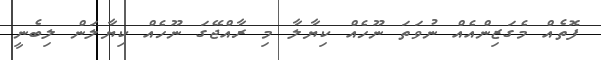
ފޮތެއް މެގަޒިންއެއް ނުވަތަ ނޫހެއް ކިޔާލާ މި ރާއްޖޭގަ ނޫހެއް ކިޔާލަން ލިބެނީ